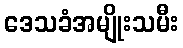
ဒေသခံအမျိုးသမီး